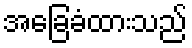
အခြေခံထားသည်